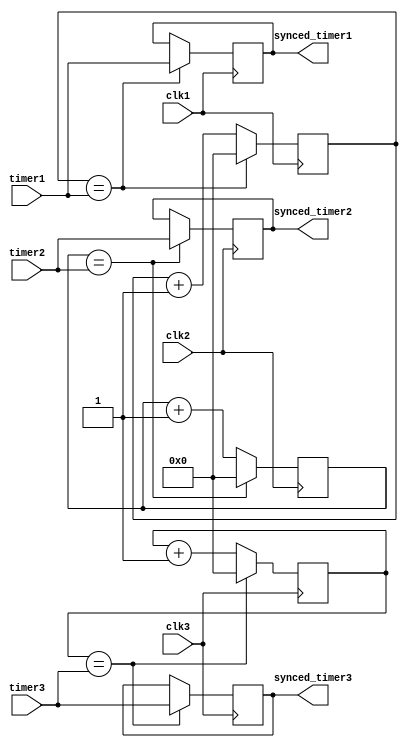
module multirate_timer (
    input wire clk1,
    input wire clk2,
    input wire clk3,
    input wire [7:0] timer1,
    input wire [7:0] timer2,
    input wire [7:0] timer3,
    output reg [7:0] synced_timer1,
    output reg [7:0] synced_timer2,
    output reg [7:0] synced_timer3
);

// Synchronization logic for clk1
reg [7:0] counter1;
always @(posedge clk1) begin
    if (counter1 == timer1) begin
        counter1 <= 0;
        synced_timer1 <= timer1;
    end else begin
        counter1 <= counter1 + 1;
    end
end

// Synchronization logic for clk2
reg [7:0] counter2;
always @(posedge clk2) begin
    if (counter2 == timer2) begin
        counter2 <= 0;
        synced_timer2 <= timer2;
    end else begin
        counter2 <= counter2 + 1;
    end
end

// Synchronization logic for clk3
reg [7:0] counter3;
always @(posedge clk3) begin
    if (counter3 == timer3) begin
        counter3 <= 0;
        synced_timer3 <= timer3;
    end else begin
        counter3 <= counter3 + 1;
    end
end

endmodule